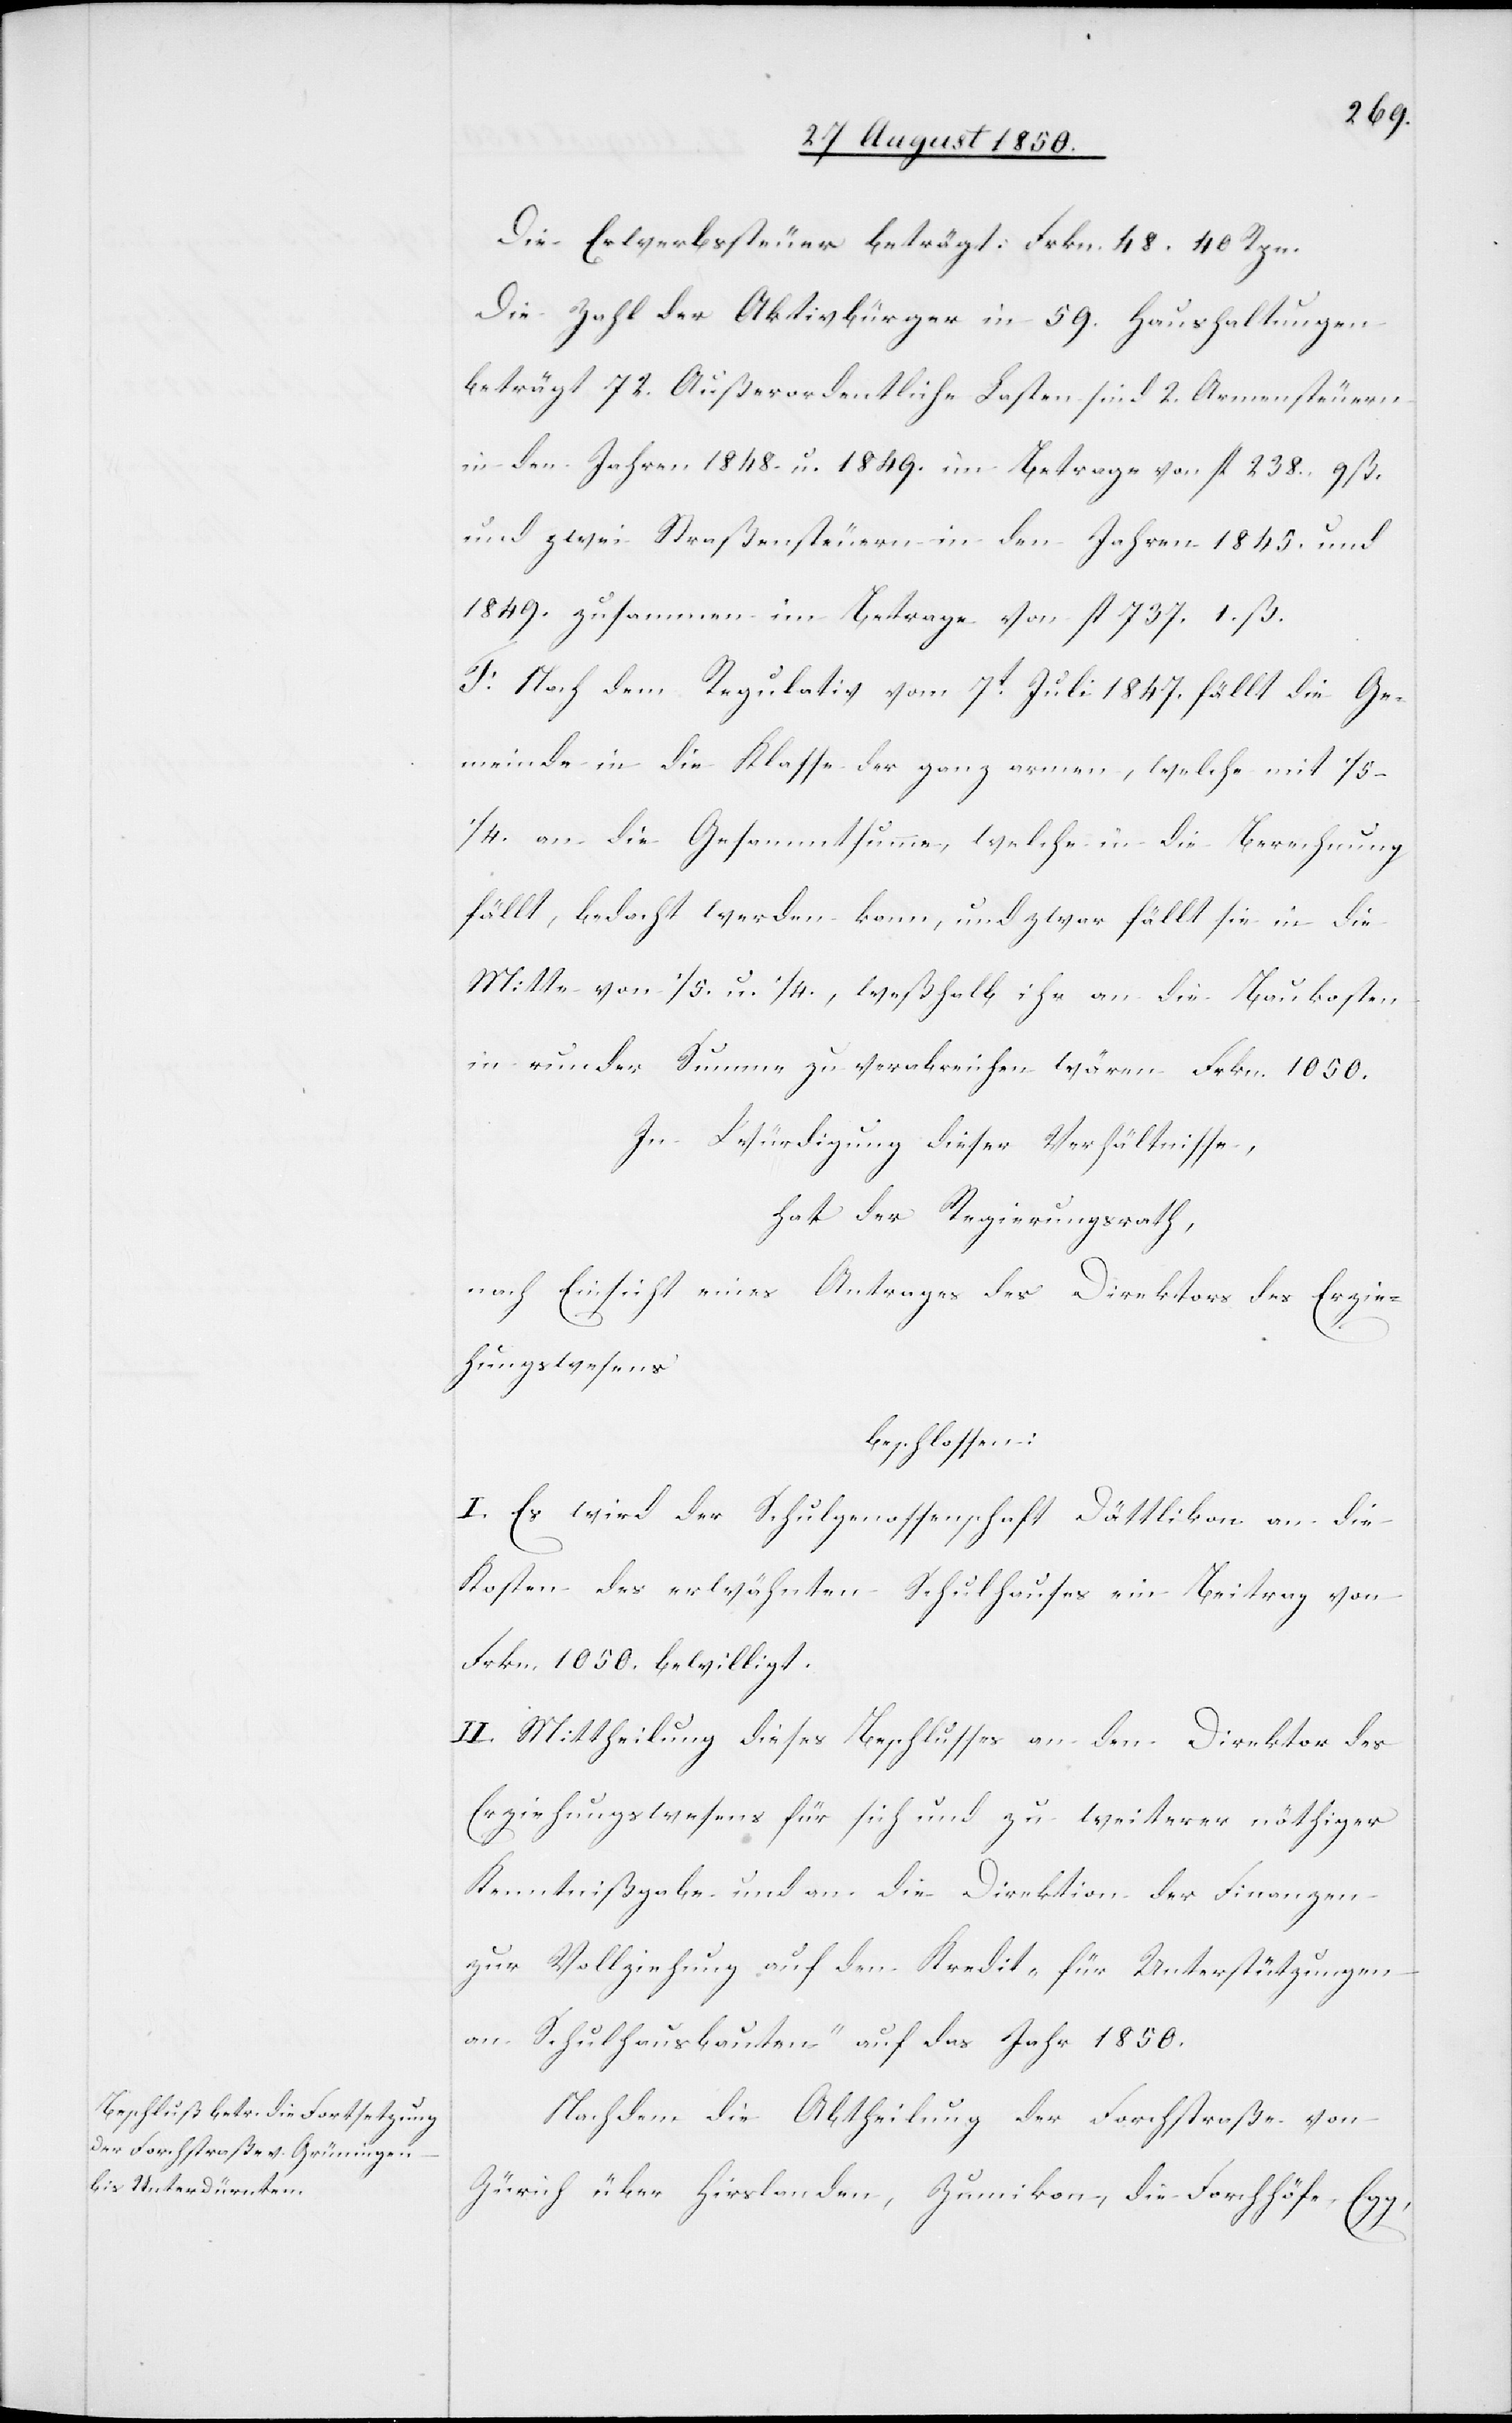
Die Erwerbssteuer beträgt: Frkn. 48. 40. Rpn.
Die Zahl der Aktivbürger in 59. Haushaltungen
beträgt 72. Außerordentliche Lasten sind 2. Armensteuern
in den Jahren 1848. u. 1849. im Betrage von fl 238. 9. ß.
und zwei Straßensteuern in den Jahren 1845. und
1849. zusammen im Betrage von fl 737. 1. ß.
F. Nach dem Regulativ vom 7t Juli 1847. fällt die Ge¬
meinde in die Klasse der ganz armen, welche mit
1/5–1/4. an die Gesammtsumme, welche in die Berechnung
fällt, bedacht werden kann, und zwar fällt sie in die
Mitte von 1/5. u. 1/4., weßhalb ihr an die Baukosten
in runder Summe zu verabreichen wären Frkn. 1050.
In Würdigung dieser Verhältnisse,
hat der Regierungsrath,
nach Einsicht eines Antrages des Direktors des Erzie¬
hungswesens
beschlossen:
I. Es wird der Schulgenossenschaft Dättlikon an die
Kosten des erwähnten Schulhauses ein Beitrag von
Frkn. 1 050. bewilligt.
II. Mittheilung dieses Beschlusses an den Direktor des
Erziehungswesens für sich und zu weiterer nöthiger
Kenntnißgabe und an die Direktion der Finanzen
zur Vollziehung auf den Kredit „für Unterstützungen
an Schulhausbauten“ auf das Jahr 1850.
Nachdem die Abtheilung der Forchstraße von
Zürich über Hirslanden, Zumikon, die Forchhöfe, Egg,